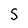
Character: S